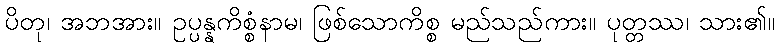
ပိတု၊ အဘအား။ ဥပ္ပန္နကိစ္စံနာမ၊ ဖြစ်သောကိစ္စ မည်သည်ကား။ ပုတ္တဿ၊ သား၏။